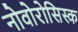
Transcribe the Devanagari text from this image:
नोवोरोसिस्क